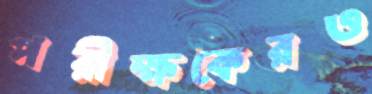
পরীক্ষকেরও